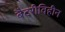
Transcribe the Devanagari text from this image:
बैटरीविहीन